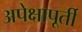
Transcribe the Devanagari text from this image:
अपेक्षापूर्ती